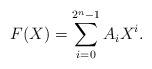
LaTeX: \begin{align*} F(X) = \sum_{i = 0}^{2^n-1} A_i X^i.\end{align*}